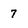
Character: 7